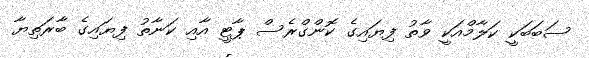
ސަބަބަކީ ކަލާމްއަކީ ވާތު ފިޔައިގެ ކޮންގްރެސް ޕާޓީ އާއި ކަނާތު ފިޔައިގެ ބާރަތިޔާ